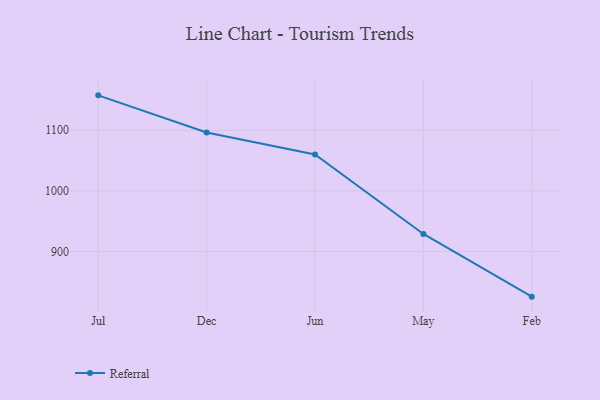
{"axis": {"x": "Month", "y": "Production Output"}, "legend": ["Referral"], "data": [{"x": "Jul", "y": 1157.5, "type": "Referral"}, {"x": "Dec", "y": 1096.3, "type": "Referral"}, {"x": "Jun", "y": 1060.1, "type": "Referral"}, {"x": "May", "y": 929.1, "type": "Referral"}, {"x": "Feb", "y": 825.8, "type": "Referral"}]}